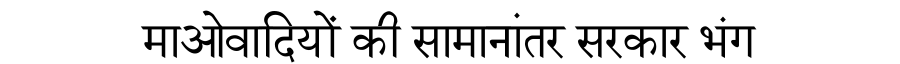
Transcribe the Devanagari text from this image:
माओवादियों की सामानांतर सरकार भंग